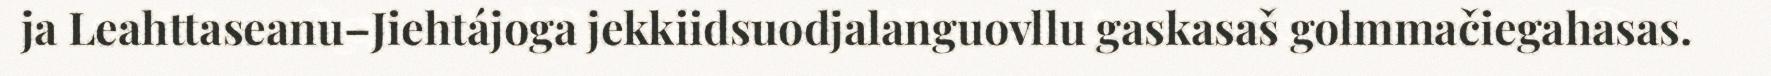
ja Leahttaseanu–Jiehtájoga jekkiidsuodjalanguovllu gaskasaš golmmačiegahasas.